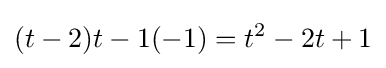
(t-2)t-1(-1)=t^{2}-2t+1\,\!